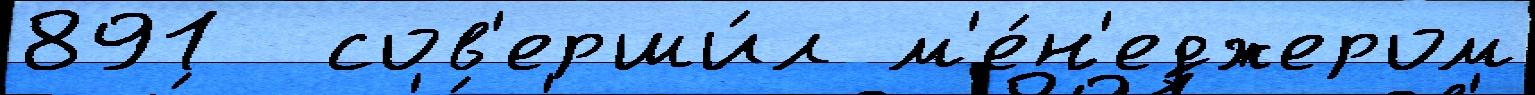
891  сов'ерши́л м'е́н'еджером